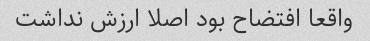
واقعا افتضاح بود اصلا ارزش نداشت